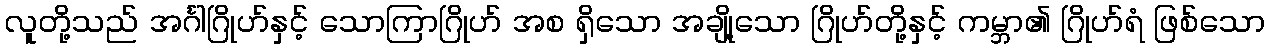
လူတို့သည် အင်္ဂါဂြိုဟ်နှင့် သောကြာဂြိုဟ် အစ ရှိသော အချို့သော ဂြိုဟ်တို့နှင့် ကမ္ဘာ၏ ဂြိုဟ်ရံ ဖြစ်သော